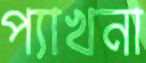
প্যাখনা